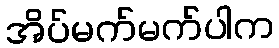
အိပ်မက်မက်ပါက